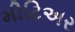
મીટિઅર